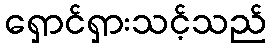
ရှောင်ရှားသင့်သည်